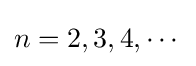
n=2,3,4,\cdots